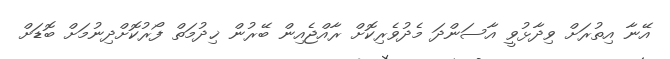
އޭނާ އިތުރަށް ވިދާޅުވީ އާސަންދަ މެދުވެރިކޮށް ރާއްޖެއިން ބޭރުން ޚިދުމަތް ފޯރުކޮށްދިނުމަށް ބޮޑަށް